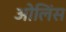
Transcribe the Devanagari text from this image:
ओलिंस